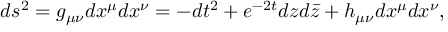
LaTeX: d s ^ { 2 } = g _ { \mu \nu } d x ^ { \mu } d x ^ { \nu } = - d t ^ { 2 } + e ^ { - 2 t } d z d \bar { z } + h _ { \mu \nu } d x ^ { \mu } d x ^ { \nu } ,